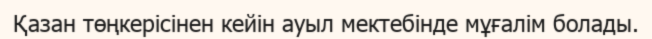
Қазан төңкерісінен кейін ауыл мектебінде мұғалім болады.